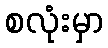
စလုံးမှာ